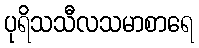
ပုရိသသီလသမာစာရေ